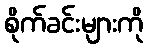
စိုက်ခင်းများကို